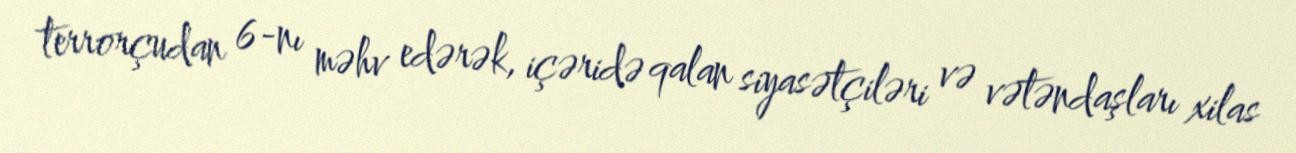
terrorçudan 6-nı məhv edərək, içəridə qalan siyasətçiləri və vətəndaşları xilas